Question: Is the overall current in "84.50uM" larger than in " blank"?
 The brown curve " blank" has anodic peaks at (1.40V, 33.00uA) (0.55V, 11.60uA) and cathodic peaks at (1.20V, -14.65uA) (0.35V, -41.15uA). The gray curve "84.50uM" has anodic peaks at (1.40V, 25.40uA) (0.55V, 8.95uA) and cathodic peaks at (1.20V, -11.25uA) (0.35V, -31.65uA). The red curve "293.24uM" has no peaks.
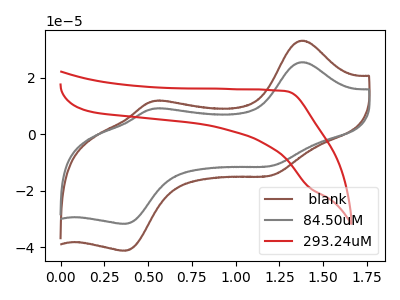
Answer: <think>All the peaks in "84.50uM" have a peak in " blank" at the same potential. Every peak in "84.50uM" is lower than every peak in " blank".
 </think>
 <answer>"84.50uM" has less signal than " blank".</answer>
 <eval>less_signal</eval>